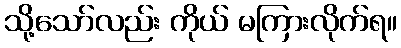
သို့သော်လည်း ကိုယ် မကြားလိုက်ရ။